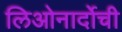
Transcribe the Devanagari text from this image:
लिओनार्दोची